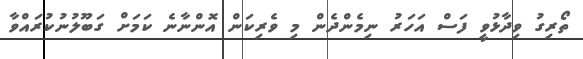
ތޯރިގު ވިދާޅުވީ ފަސް އަހަރު ނިމެންދެން މި ވެރިކަން އޮންނާނެ ކަމަށް ގަބޫލުނުކުރައްވާ